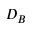
D _ { B }